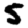
Digit: 5